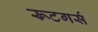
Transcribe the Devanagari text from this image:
रूटगर्स